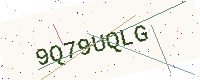
Text: 9Q79UQLG